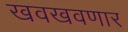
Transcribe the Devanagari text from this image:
खवखवणार